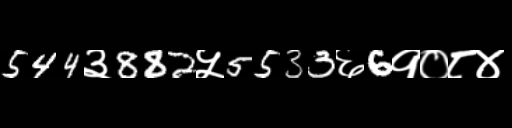
Text: 544३882५5533६6१०८४